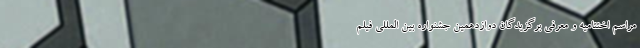
مراسم اختتامیه و معرفی برگزیدگان دوازدهمین جشنواره بین المللی فیلم